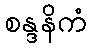
စန္ဒနိကံ